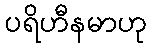
ပရိဟီနမာဟု